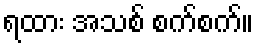
ရထား အသစ် စက်စက်။